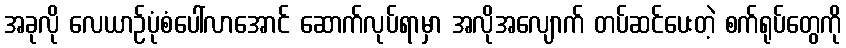
အခုလို လေယာဉ်ပုံစံပေါ်လာအောင် ဆောက်လုပ်ရာမှာ အလိုအလျောက် တပ်ဆင်ပေးတဲ့ စက်ရုပ်တွေကို